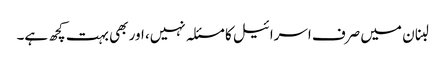
لبنان میں صرف اسرائیل کا مسئلہ نہیں، اور بھی بہت کچھ ہے۔